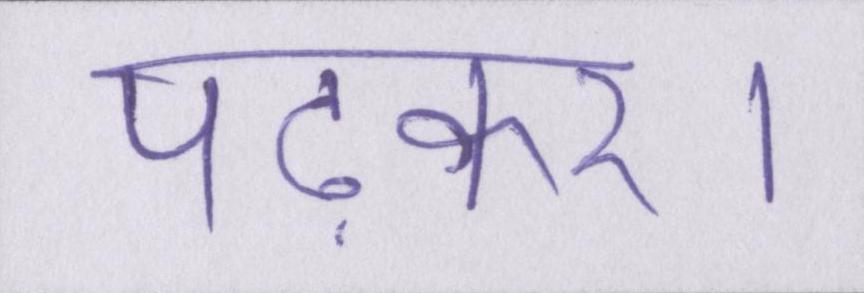
पढ़कर।